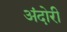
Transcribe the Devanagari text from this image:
अंदोरी